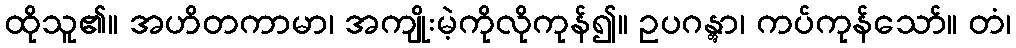
ထိုသူ၏။ အဟိတကာမာ၊ အကျိုးမဲ့ကိုလိုကုန်၍။ ဥပဂန္တွာ၊ ကပ်ကုန်သော်။ တံ၊